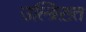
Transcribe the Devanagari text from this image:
उल्ब्रिख़्त